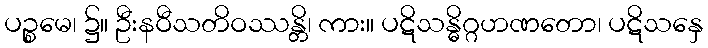
ပဉ္စမေ၊ ၌။ ဦးနဝီသတိဝဿန္တိ၊ ကား။ ပဋိသန္ဓိဂ္ဂဟဏတော၊ ပဋိသနှေ